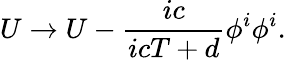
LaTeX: U\rightarrow U-{\frac{ic}{icT+d}}{\phi^{i}\phi^{i}}.